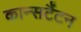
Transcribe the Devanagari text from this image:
कान्सटैंटन